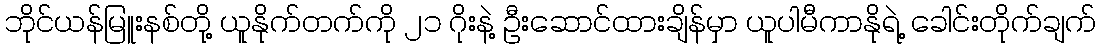
ဘိုင်ယန်မြူးနစ်တို့ ယူနိုက်တက်ကို ၂၁ ဂိုးနဲ့ ဦးဆောင်ထားချိန်မှာ ယူပါမီကာနိုရဲ့ ခေါင်းတိုက်ချက်